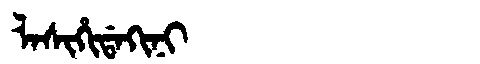
Manchu: ᠯᠠᠰᡳᡥᡳᡩᠠᡴᡳᠨᡳ
Romanization: LASIHIDAKINI